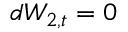
d W _ { 2 , t } = 0